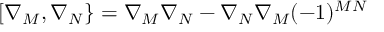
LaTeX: [ \nabla _ { M } , \nabla _ { N } \} = \nabla _ { M } \nabla _ { N } - \nabla _ { N } \nabla _ { M } ( - 1 ) ^ { M N }